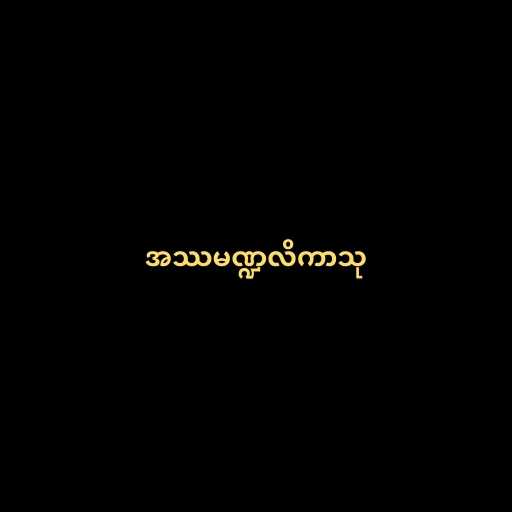
အဿမဏ္ဍလိကာသု